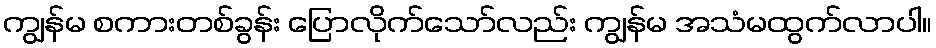
ကျွန်မ စကားတစ်ခွန်း ပြောလိုက်သော်လည်း ကျွန်မ အသံမထွက်လာပါ။